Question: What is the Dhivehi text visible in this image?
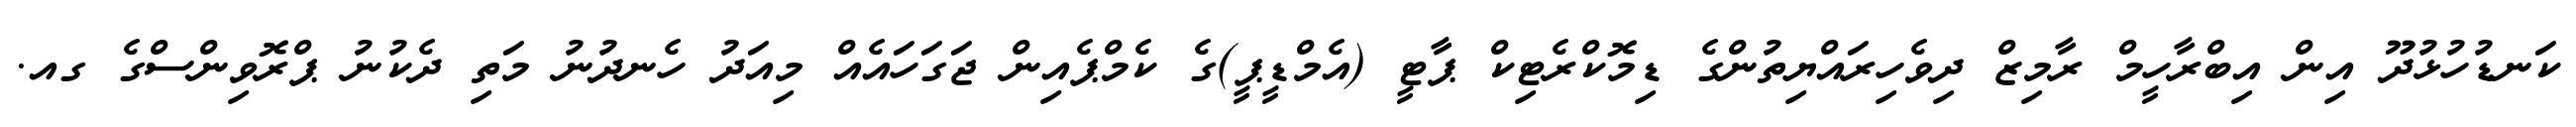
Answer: ކަނޑުހުޅުދޫ އިން އިބްރާހީމް ރާމިޒް ދިވެހިރައްޔިތުންގެ ޑިމޮކްރެޓިކް ޕާޓީ (އެމްޑީޕީ)ގެ ކެމްޕެއިން ޖަގަހައެއް މިއަދު ހެނދުނު މަތި ދެކުނު ޕްރޮވިންސްގެ ގއ.